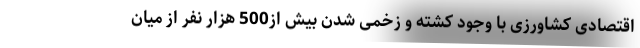
اقتصادی کشاورزی با وجود کشته و زخمی شدن بیش از500 هزار نفر از میان